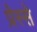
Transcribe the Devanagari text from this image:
प्रेस्से